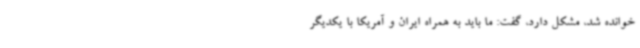
خوانده شد، مشکل دارد، گفت: ما باید به همراه ایران و آمریکا با یکدیگر